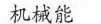
机械能